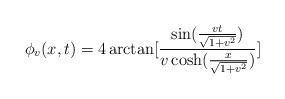
\begin{align*}\phi _{v}(x,t)=4\arctan [\frac{\sin (\frac{vt}{\sqrt{1+v^{2}}})}{v\cosh (\frac{x}{\sqrt{1+v^{2}}})}]\end{align*}